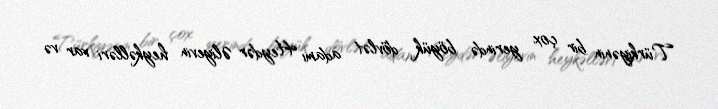
Türkiyənin bir çox yerində böyük dövlət adamı Heydər Əliyevin heykəlləri var və